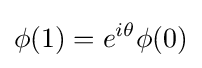
\phi (1)=e^{i\theta }\phi (0)